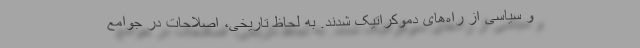
و سیاسی از راه‌های دموکراتیک شدند. به لحاظ تاریخی، اصلاحات در جوامع